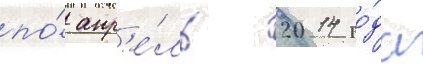
по́ апр'е́ль 2014 го́да